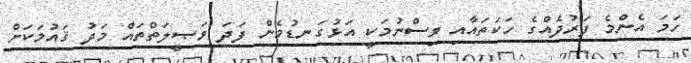
ހަމަ އެންމެ ފަރުދެއްގެ ހަކަތައާއި ވިސްނުމަކީ އަޅުގަނޑުމެން ފަދަ ވަޞީލަތްތައް މަދު ޤައުމަކަށް